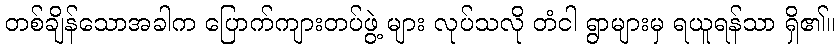
တစ်ချိန်သောအခါက ပြောက်ကျားတပ်ဖွဲ့ များ လုပ်သလို တံငါ ရွာများမှ ရယူရန်သာ ရှိ၏။